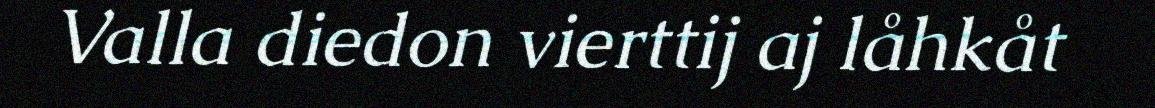
Valla diedon vierttij aj låhkåt